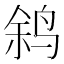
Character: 𫛬